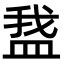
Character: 𬐡